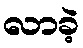
လာခဲ့